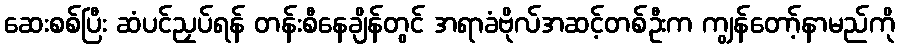
ဆေးစစ်ပြီး ဆံပင်ညှပ်ရန် တန်းစီနေချိန်တွင် အရာခံဗိုလ်အဆင့်တစ်ဦးက ကျွန်တော့်နာမည်ကို